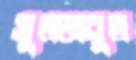
সুলতানুল